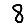
Digit: 8